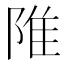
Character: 陮